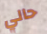
حالي